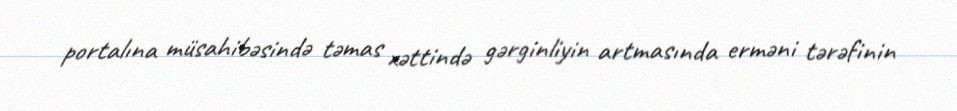
portalına müsahibəsində təmas xəttində gərginliyin artmasında erməni tərəfinin